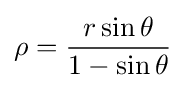
\rho ={\frac {r\sin \theta }{1-\sin \theta }}